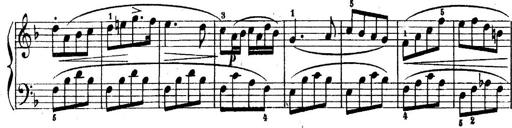
Title: 6 Piano Sonatinas
Composer: Cornelius Gurlitt